Civil Veterinary Department. United Provinces 1932-42 - 1932-1942
Year: 1932
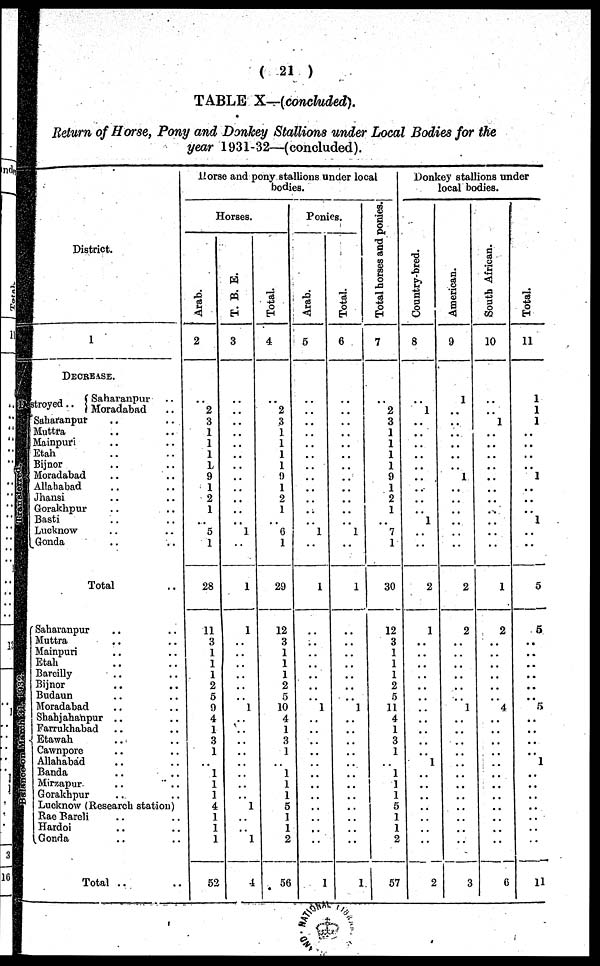
(21)
TABLE X—(concluded).
Return of Horse, Pony and Donkey Stallions under Local Bodies for the
year 1931-32—(concluded).
District.
1
DECREASE.
Distroyed.. { Saharanpur
Moradabad ..
Saharanpur
Muttra
Mainpuri
Etah
Bijnor
Moradabad
Allahabad
Jhansi
Gorakhpur
Basti
Lucknow
Gonda
Total
Saharanpur
Muttra
Mainpuri
Etah
Bareilly
Bijnor
Budaun
Moradabad
Shahjahanpur
Farrukhabad
Etawah
Cawnporc
Allahabad
Banda
Mirzapur
Gorakhpur
Lucknow (Research station)
Rae Bareli
Hardoi
Gonda
Total ..
Horse and pony stallions under local
bodies.
Horses.
Arab.
2
.. 2
3
1
1
1
1
9
1
2
1
..
5
1
28
11
3
1
1
1
2
5
9
4
1
3
1
..
1
1
1
4
1
1
1
52
T. B. E.
3
..
..
..
..
..
..
..
..
..
..
..
1
..
1
1
..
..
..
..
..
..
1
..
..
..
..
..
..
..
..
1
..
..
1
4
Total.
4
.. 2
3
1
1
1
1
9
1
2
1
..
6
1
29
12
3
1
1
1
2
5
10
4
1
3
1
..
1
1
1
5
1
1
2
56
Ponies.
Arab.
5
..
..
..
..
..
..
..
..
..
..
..
..
1
..
1
..
..
..
..
..
..
..
1
..
..
..
..
..
..
..
..
..
..
..
..
1
Total.
6
..
..
..
..
..
..
..
..
..
..
..
1
..
1
..
..
..
..
..
..
..
1
..
..
..
..
..
..
..
..
..
..
..
..
1
Total horses and ponies.
7
.. 2
3
1
1
1
1
9
1
2
1
..
7
1
30
12
3
1
1
1
2
5
11
4
1
3
1
..
1
1
1
5
1
1
2
57
Donkey stallions under
local bodies.
Country-bred.
8
.. 1
..
..
..
..
..
..
..
..
..
1
..
..
2
1
..
..
..
..
..
..
..
..
..
..
..
1
..
..
..
..
..
..
..
2
American.
9
..
1
..
..
..
..
..
1
..
..
..
..
..
..
2
2
..
..
..
..
..
..
1
..
..
..
..
..
..
..
..
..
..
..
..
3
South African.
10
..
..
1
..
..
..
..
..
..
..
..
..
..
..
1
2
..
..
..
..
..
..
4
..
..
..
..
..
..
..
..
..
..
..
..
6
Total.
11
1
1
1
..
..
..
..
1
..
..
..
1
..
..
5
5
..
..
..
..
..
..
5
..
..
..
..
1
..
..
..
..
..
..
..
11